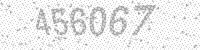
Solution: 456067